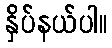
နှိပ်နယ်ပါ။